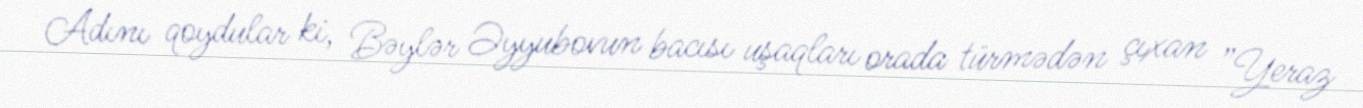
Adını qoydular ki, Bəylər Əyyubovun bacısı uşaqları orada türmədən çıxan ”Yeraz